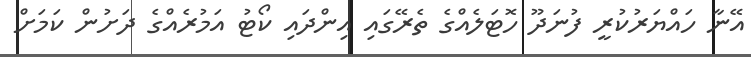
އޭނާ ހައްޔަރުކުރީ ފުނަދޫ ހޮޓަލެއްގެ ތެރޭގައި އިންދައި ކޯޓު އަމުރެއްގެ ދަށުން ކަމަށް